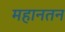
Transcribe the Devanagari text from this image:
महानतन